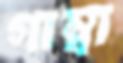
গাম্বা